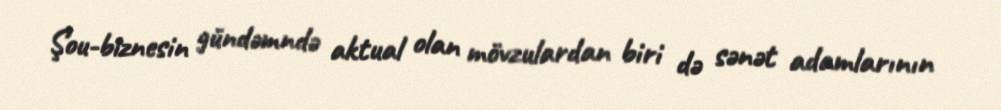
Şou-biznesin gündəmndə aktual olan mövzulardan biri də sənət adamlarının